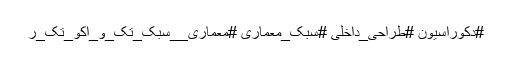
#دکوراسیون #طراحی_داخلی #سبک_معماری #معماری__سبک_تک_و_اکو_تک_ر